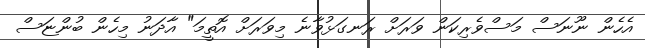
އެހެން ނޫނަސް މަސްވެރިކަން ވަރަށް ރަނގަޅުވާނެ މިވަރަށް އޮތީމަ" އާދަނު މިހެން ބުންޏަސް